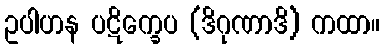
ဥပါဟန ပဋိက္ခေပ (ဒိဂုဏာဒိ) ကထာ။